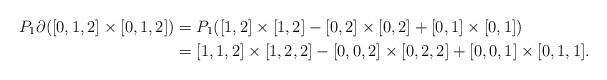
LaTeX: \begin{align*} P_1\partial([0,1,2]\times[0,1,2]) &= P_1([1,2]\times[1,2]-[0,2]\times[0,2]+[0,1]\times[0,1]) \\ &= [1,1,2]\times[1,2,2]-[0,0,2]\times[0,2,2]+[0,0,1]\times[0,1,1]. \end{align*}